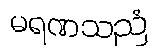
မရဏသညံ